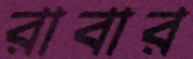
রাবার